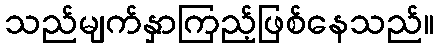
သည်မျက်နှာကြည့်ဖြစ်နေသည်။